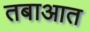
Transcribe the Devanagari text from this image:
तबाआत